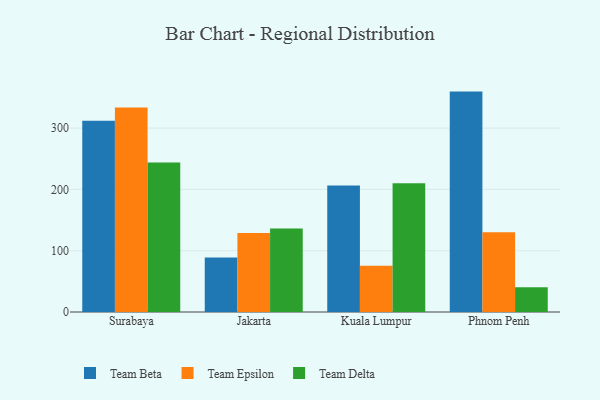
{"axis": {"x": "City", "y": "Operating Costs (USD K)"}, "legend": ["Team Beta", "Team Delta", "Team Epsilon"], "data": [{"x": "Surabaya", "y": 311.8, "type": "Team Beta"}, {"x": "Surabaya", "y": 333.4, "type": "Team Epsilon"}, {"x": "Surabaya", "y": 244.0, "type": "Team Delta"}, {"x": "Jakarta", "y": 88.8, "type": "Team Beta"}, {"x": "Jakarta", "y": 129.0, "type": "Team Epsilon"}, {"x": "Jakarta", "y": 136.1, "type": "Team Delta"}, {"x": "Kuala Lumpur", "y": 206.5, "type": "Team Beta"}, {"x": "Kuala Lumpur", "y": 75.3, "type": "Team Epsilon"}, {"x": "Kuala Lumpur", "y": 210.2, "type": "Team Delta"}, {"x": "Phnom Penh", "y": 359.5, "type": "Team Beta"}, {"x": "Phnom Penh", "y": 130.1, "type": "Team Epsilon"}, {"x": "Phnom Penh", "y": 40.4, "type": "Team Delta"}]}